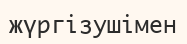
жүргізушімен